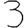
Digit: 3